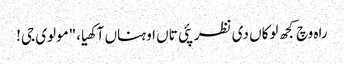
راہ وچ کجھ لوکاں دی نظر پئی تاں اوہناں آکھیا،"مولوی جی!